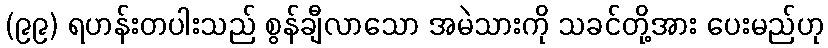
(၉၉) ရဟန်းတပါးသည် စွန်ချီလာသော အမဲသားကို သခင်တို့အား ပေးမည်ဟု